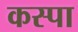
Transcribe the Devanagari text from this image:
कस्पा